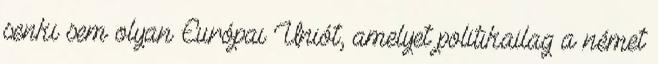
senki sem olyan Európai Uniót, amelyet politikailag a német